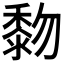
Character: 𪏵